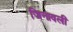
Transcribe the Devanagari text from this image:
जिनावली